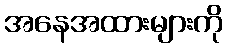
အနေအထားများကို